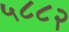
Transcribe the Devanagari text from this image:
५८८२